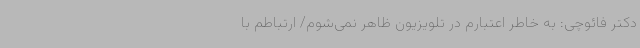
دکتر فائوچی: به خاطر اعتبارم در تلویزیون ظاهر نمی‌شوم/ ارتباطم با